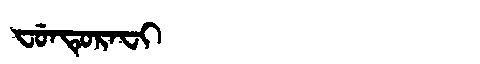
Manchu: ᠸᡠᠨᡨᡠᡵᠠᠸᡳ
Romanization: FUNTURAFI